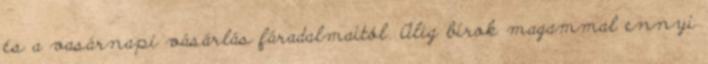
és a vasárnapi vásárlás fáradalmaitól. Alig bírok magammal ennyi